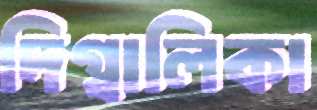
দিগ্বালিকা